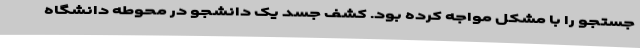
جستجو را با مشکل مواجه کرده بود. کشف جسد یک دانشجو در محوطه دانشگاه